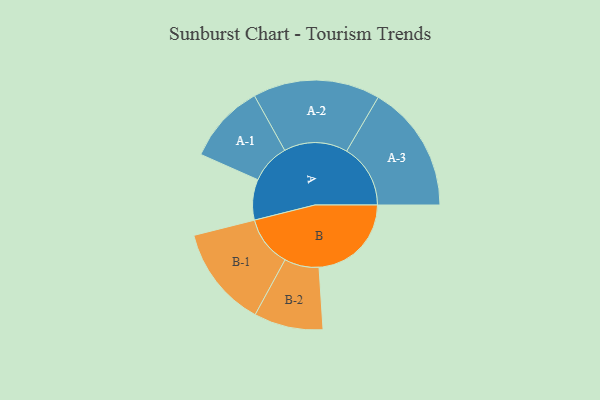
{"axis": {"x": "Segment", "y": "Value"}, "legend": ["", "A", "B"], "data": [{"x": "A", "y": 182, "type": ""}, {"x": "B", "y": 414, "type": ""}, {"x": "A-1", "y": 178, "type": "A"}, {"x": "A-2", "y": 285, "type": "A"}, {"x": "A-3", "y": 286, "type": "A"}, {"x": "B-1", "y": 227, "type": "B"}, {"x": "B-2", "y": 155, "type": "B"}]}